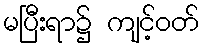
မပြီးရာ၌ ကျင့်ဝတ်